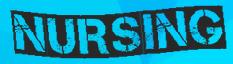
NURSING